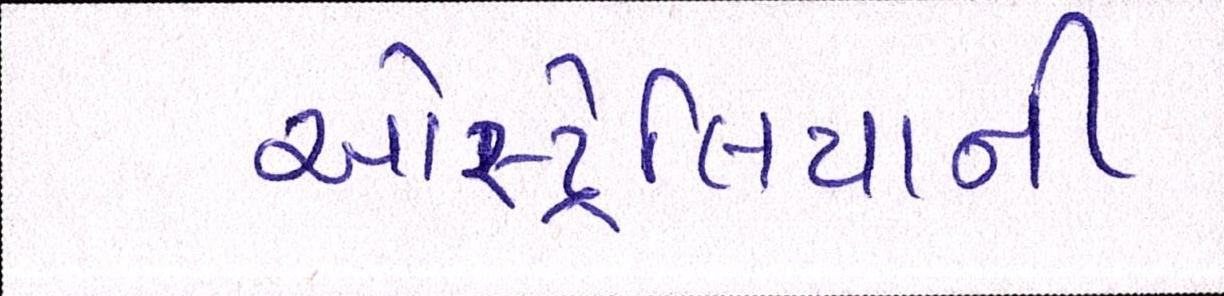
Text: ઓસ્ટ્રેલિયાની